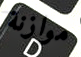
موازنة